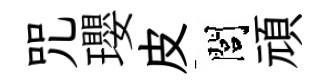
咒瓔皮閭頑